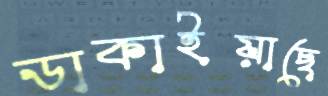
ডাকাইয়াছে